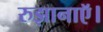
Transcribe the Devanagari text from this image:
रुझानाऍ।